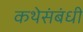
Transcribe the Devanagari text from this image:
कथेसंबंधी